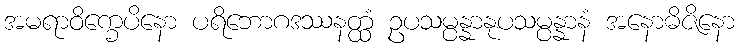
အမရာဝိက္ခေပိနော ပရိဘောဂဒဿနတ္ထံ ဥပသမ္ပန္နာနုပသမ္ပန္နာနံ အနောဓိဇိနော